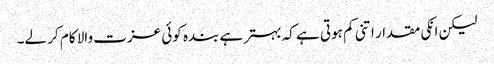
لیکن انکی مقدار اتنی کم ہوتی ہے کہ بہتر ہے بندہ کوئی عزت والا کام کر لے۔